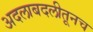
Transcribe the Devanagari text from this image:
अदलाबदलीतूनच